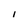
Character: I